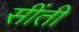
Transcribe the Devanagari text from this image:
सींती